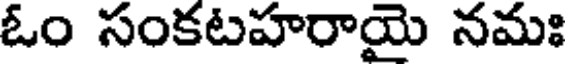
ఓం సంకటహరాయై నమః